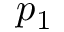
p _ { 1 }